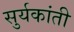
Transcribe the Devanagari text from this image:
सुर्यकांती